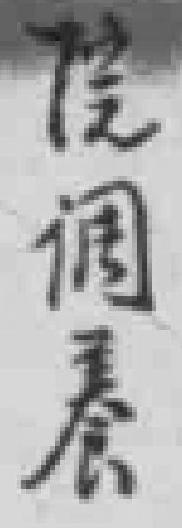
院调養